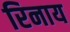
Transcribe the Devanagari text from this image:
रिनाय